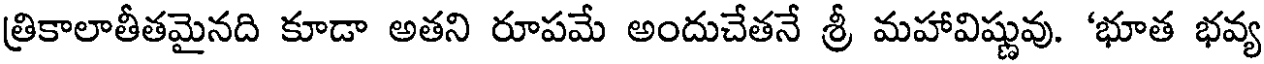
త్రికాలాతీతమైనది కూడా అతని రూపమే అందుచేతనే శ్రీ మహావిష్ణువు. 'భూత భవ్య